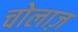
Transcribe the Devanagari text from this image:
चोलाज़